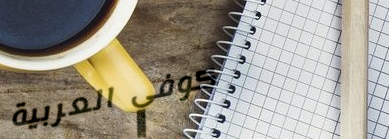
كوفي العربية